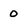
Character: 0